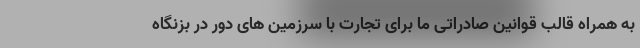
به همراه قالب قوانین صادراتی ما برای تجارت با سرزمین های دور در بزنگاه